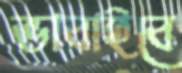
ভাবাইবে